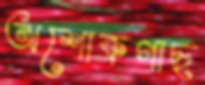
অশোকগাছ